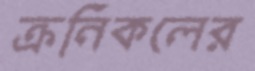
ক্রনিকলের